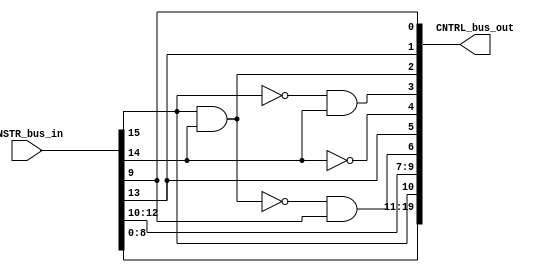
module Computer_ControlUnit_InstructionDecoder(
	output [CNTRL_WIDTH-1:0] CNTRL_bus_out,
	input [WORD_WIDTH-1:0] INSTR_bus_in
	);

parameter WORD_WIDTH = 16;
parameter DR_WIDTH = 3;
parameter SB_WIDTH = DR_WIDTH;
parameter SA_WIDTH = DR_WIDTH;
parameter OPCODE_WIDTH = 7;
parameter CNTRL_WIDTH = DR_WIDTH+SB_WIDTH+SA_WIDTH+11;
parameter COUNTER_WIDTH = 4;

wire PL = CNTRL_bus_out[2];
wire JB = CNTRL_bus_out[1];
wire BC = CNTRL_bus_out[0];

assign CNTRL_bus_out[0] = INSTR_bus_in[9];
assign CNTRL_bus_out[1] = INSTR_bus_in[13];
assign CNTRL_bus_out[2] = INSTR_bus_in[15]&INSTR_bus_in[14];
assign CNTRL_bus_out[3] = ~INSTR_bus_in[15]&INSTR_bus_in[14];
assign CNTRL_bus_out[4] = ~INSTR_bus_in[14];
assign CNTRL_bus_out[5] = INSTR_bus_in[13];
assign CNTRL_bus_out[9:6] = {INSTR_bus_in[12:10],~CNTRL_bus_out[2]&INSTR_bus_in[9]};
assign CNTRL_bus_out[10] = INSTR_bus_in[15];
assign CNTRL_bus_out[13:11] = INSTR_bus_in[2:0];
assign CNTRL_bus_out[16:14] = INSTR_bus_in[5:3];
assign CNTRL_bus_out[19:17] = INSTR_bus_in[8:6];

endmodule